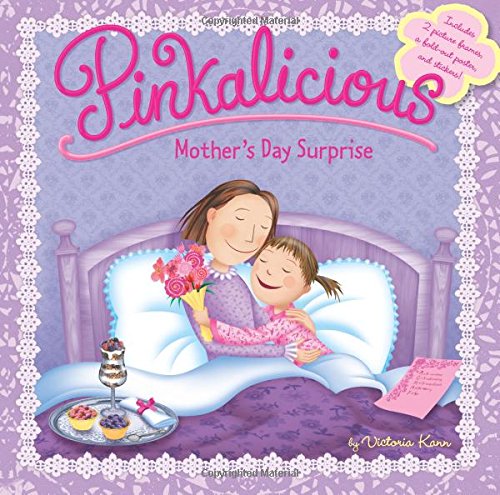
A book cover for Pinkalicious: Mother's Day Surprise; Victoria Kann; Children's Books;